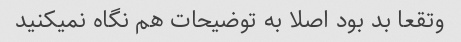
وتقعا بد بود اصلا به توضیحات هم نگاه نمیکنید